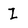
Character: I